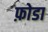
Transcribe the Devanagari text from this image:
फ़ोडा